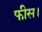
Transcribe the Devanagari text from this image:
फीस।